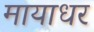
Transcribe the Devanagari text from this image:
मायाधर